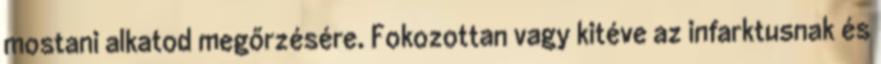
mostani alkatod megőrzésére. Fokozottan vagy kitéve az infarktusnak és